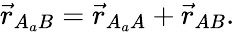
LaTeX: \vec{r}_{A_{a}B}=\vec{r}_{A_{a}A}+\vec{r}_{AB}.